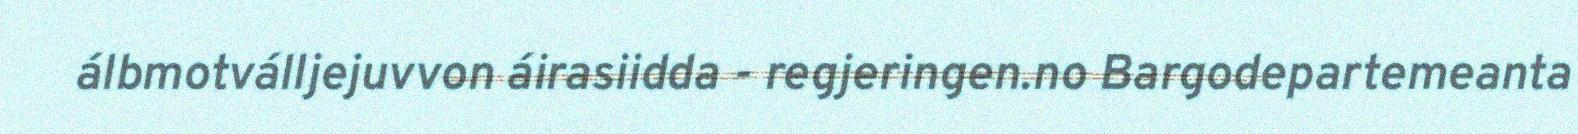
álbmotválljejuvvon áirasiidda - regjeringen.no Bargodepartemeanta